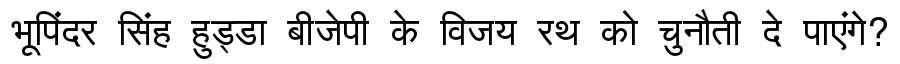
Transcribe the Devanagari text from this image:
भूपिंदर सिंह हुड्डा बीजेपी के विजय रथ को चुनौती दे पाएंगे?